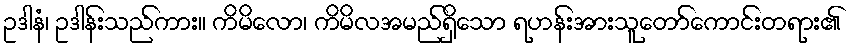
ဥဒါနံ၊ ဥဒါန်းသည်ကား။ ကိမိလော၊ ကိမိလအမည်ရှိသော ရဟန်းအားသူတော်ကောင်းတရား၏